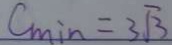
C _ { \min } = 3 \sqrt { 3 }